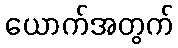
ယောက်အတွက်